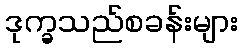
ဒုက္ခသည်စခန်းများ